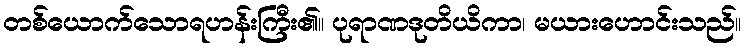
တစ်ယောက်သောရဟန်းကြီး၏။ ပုရာဏဒုတိယိကာ၊ မယားဟောင်းသည်။